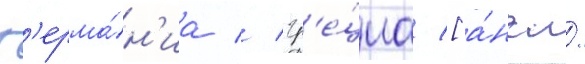
Г'ерма́н'иа // Гр'е́циа [а́нгл.